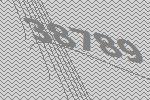
38789